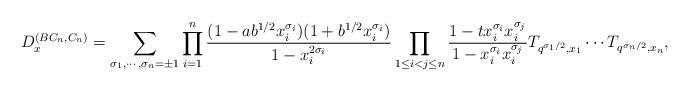
LaTeX: \begin{align*}D^{(BC_n,C_n)}_x=\sum_{\sigma_1,\cdots,\sigma_n=\pm 1}\prod_{i=1}^n{(1-a b^{1/2} x_i^{\sigma_i})(1+b^{1/2} x_i^{\sigma_i})\over 1-x_i^{2\sigma_i}}\prod_{1\leq i<j\leq n}{1-t x_i^{\sigma_i} x_i^{\sigma_j}\over 1-x_i^{\sigma_i} x_i^{\sigma_j}}T_{q^{\sigma_1/2},x_1}\cdots T_{q^{\sigma_n/2},x_n},\end{align*}